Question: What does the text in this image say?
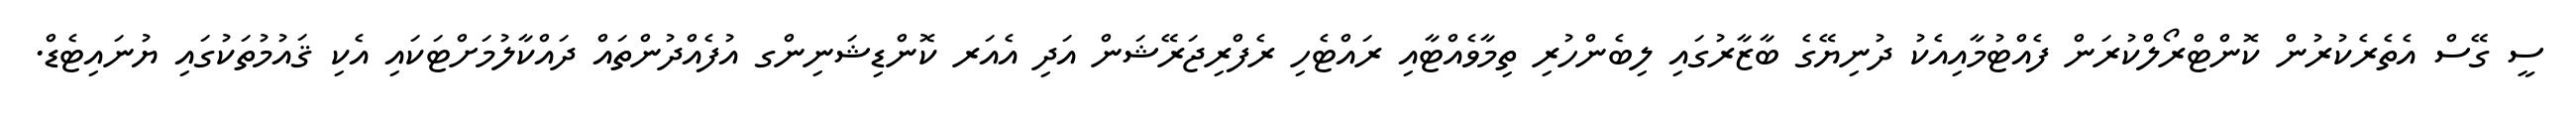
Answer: ސީ ގޭސް އެތެރެކުރުން ކޮންޓްރޯލްކުރަން ފެއްޓުމާއިއެކު ދުނިޔޭގެ ބާޒާރުގައި ލިބެންހުރި ތިމާވެއްޓާއި ރައްޓެހި ރެފްރިޖަރޭޝަން އަދި އެއަރ ކޮންޑިޝަނިންގ އުފެއްދުންތައް ދައްކާލުމަށްޓަކައި އެކި ޤައުމުތަކުގައި ޔުނައިޓެޑް.